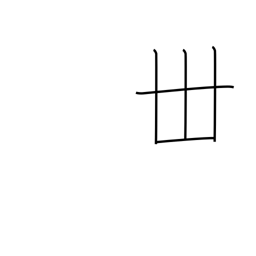
Meaning: thirty